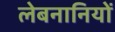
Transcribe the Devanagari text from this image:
लेबनानियों